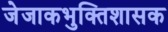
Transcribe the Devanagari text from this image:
जेजाकभुक्तिशासक